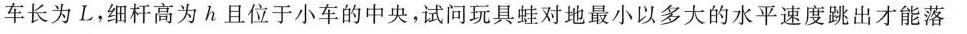
车长为L，细杆高为h且位于小车的中央，试问玩具蛙对地最小以多大的水平速度跳出才能落